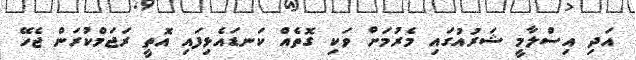
އަދި އިސްލާމީ ޝަރުއުގައި މެރުމަށް ވަކި ގޮތެއް ކަނޑައެޅިފައި އޮތީ ރަޖަމްކުރަން ޖެހޭ